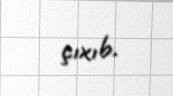
çıxıb.